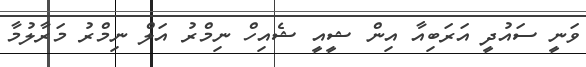
ވަނީ ސައުދީ އަރަބިއާ އިން ޝީއީ ޝެއިހް ނިމްރު އަލް ނިމްރު މަރާލުމާ